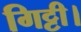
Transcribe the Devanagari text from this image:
गिट्टी।